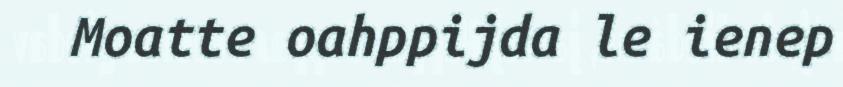
Moatte oahppijda le ienep